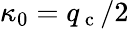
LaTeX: \kappa_{0}=q_{\mathrm{~c~}}/2